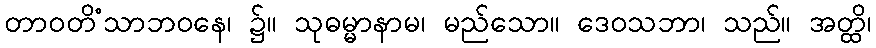
တာဝတိံသာဘဝနေ၊ ၌။ သုဓမ္မာနာမ၊ မည်သော။ ဒေဝသဘာ၊ သည်။ အတ္ထိ၊